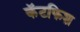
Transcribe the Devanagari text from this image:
कॅटफिश